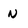
Character: n